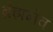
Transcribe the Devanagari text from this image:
ब्रेझनेव